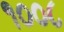
૧૦૦૮